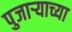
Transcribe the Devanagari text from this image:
पुजाऱ्याच्या